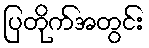
ပြတိုက်အတွင်း